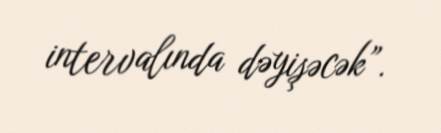
intervalında dəyişəcək”.